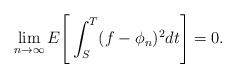
LaTeX: \begin{align*}\lim_{n \rightarrow \infty} E \Bigg[ \int^T_S (f - \phi_n)^2 dt \Bigg] = 0.\end{align*}